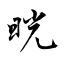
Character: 晄